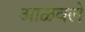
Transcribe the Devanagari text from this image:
आळवले